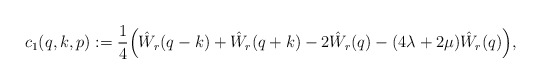
\begin{align*}c_1(q,k,p) := \frac{1}{4}\Big(\hat W_r(q-k)+ \hat W_r(q+k) - 2\hat W_r(q) - (4\lambda+2\mu) \hat W_r(q)\Big),\end{align*}